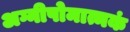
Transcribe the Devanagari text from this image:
अग्नीषोमात्मकं